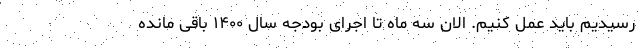
رسیدیم باید عمل کنیم. الان سه ماه تا اجرای بودجه سال ۱۴۰۰ باقی مانده